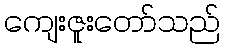
ကျေးဇူးတော်သည်